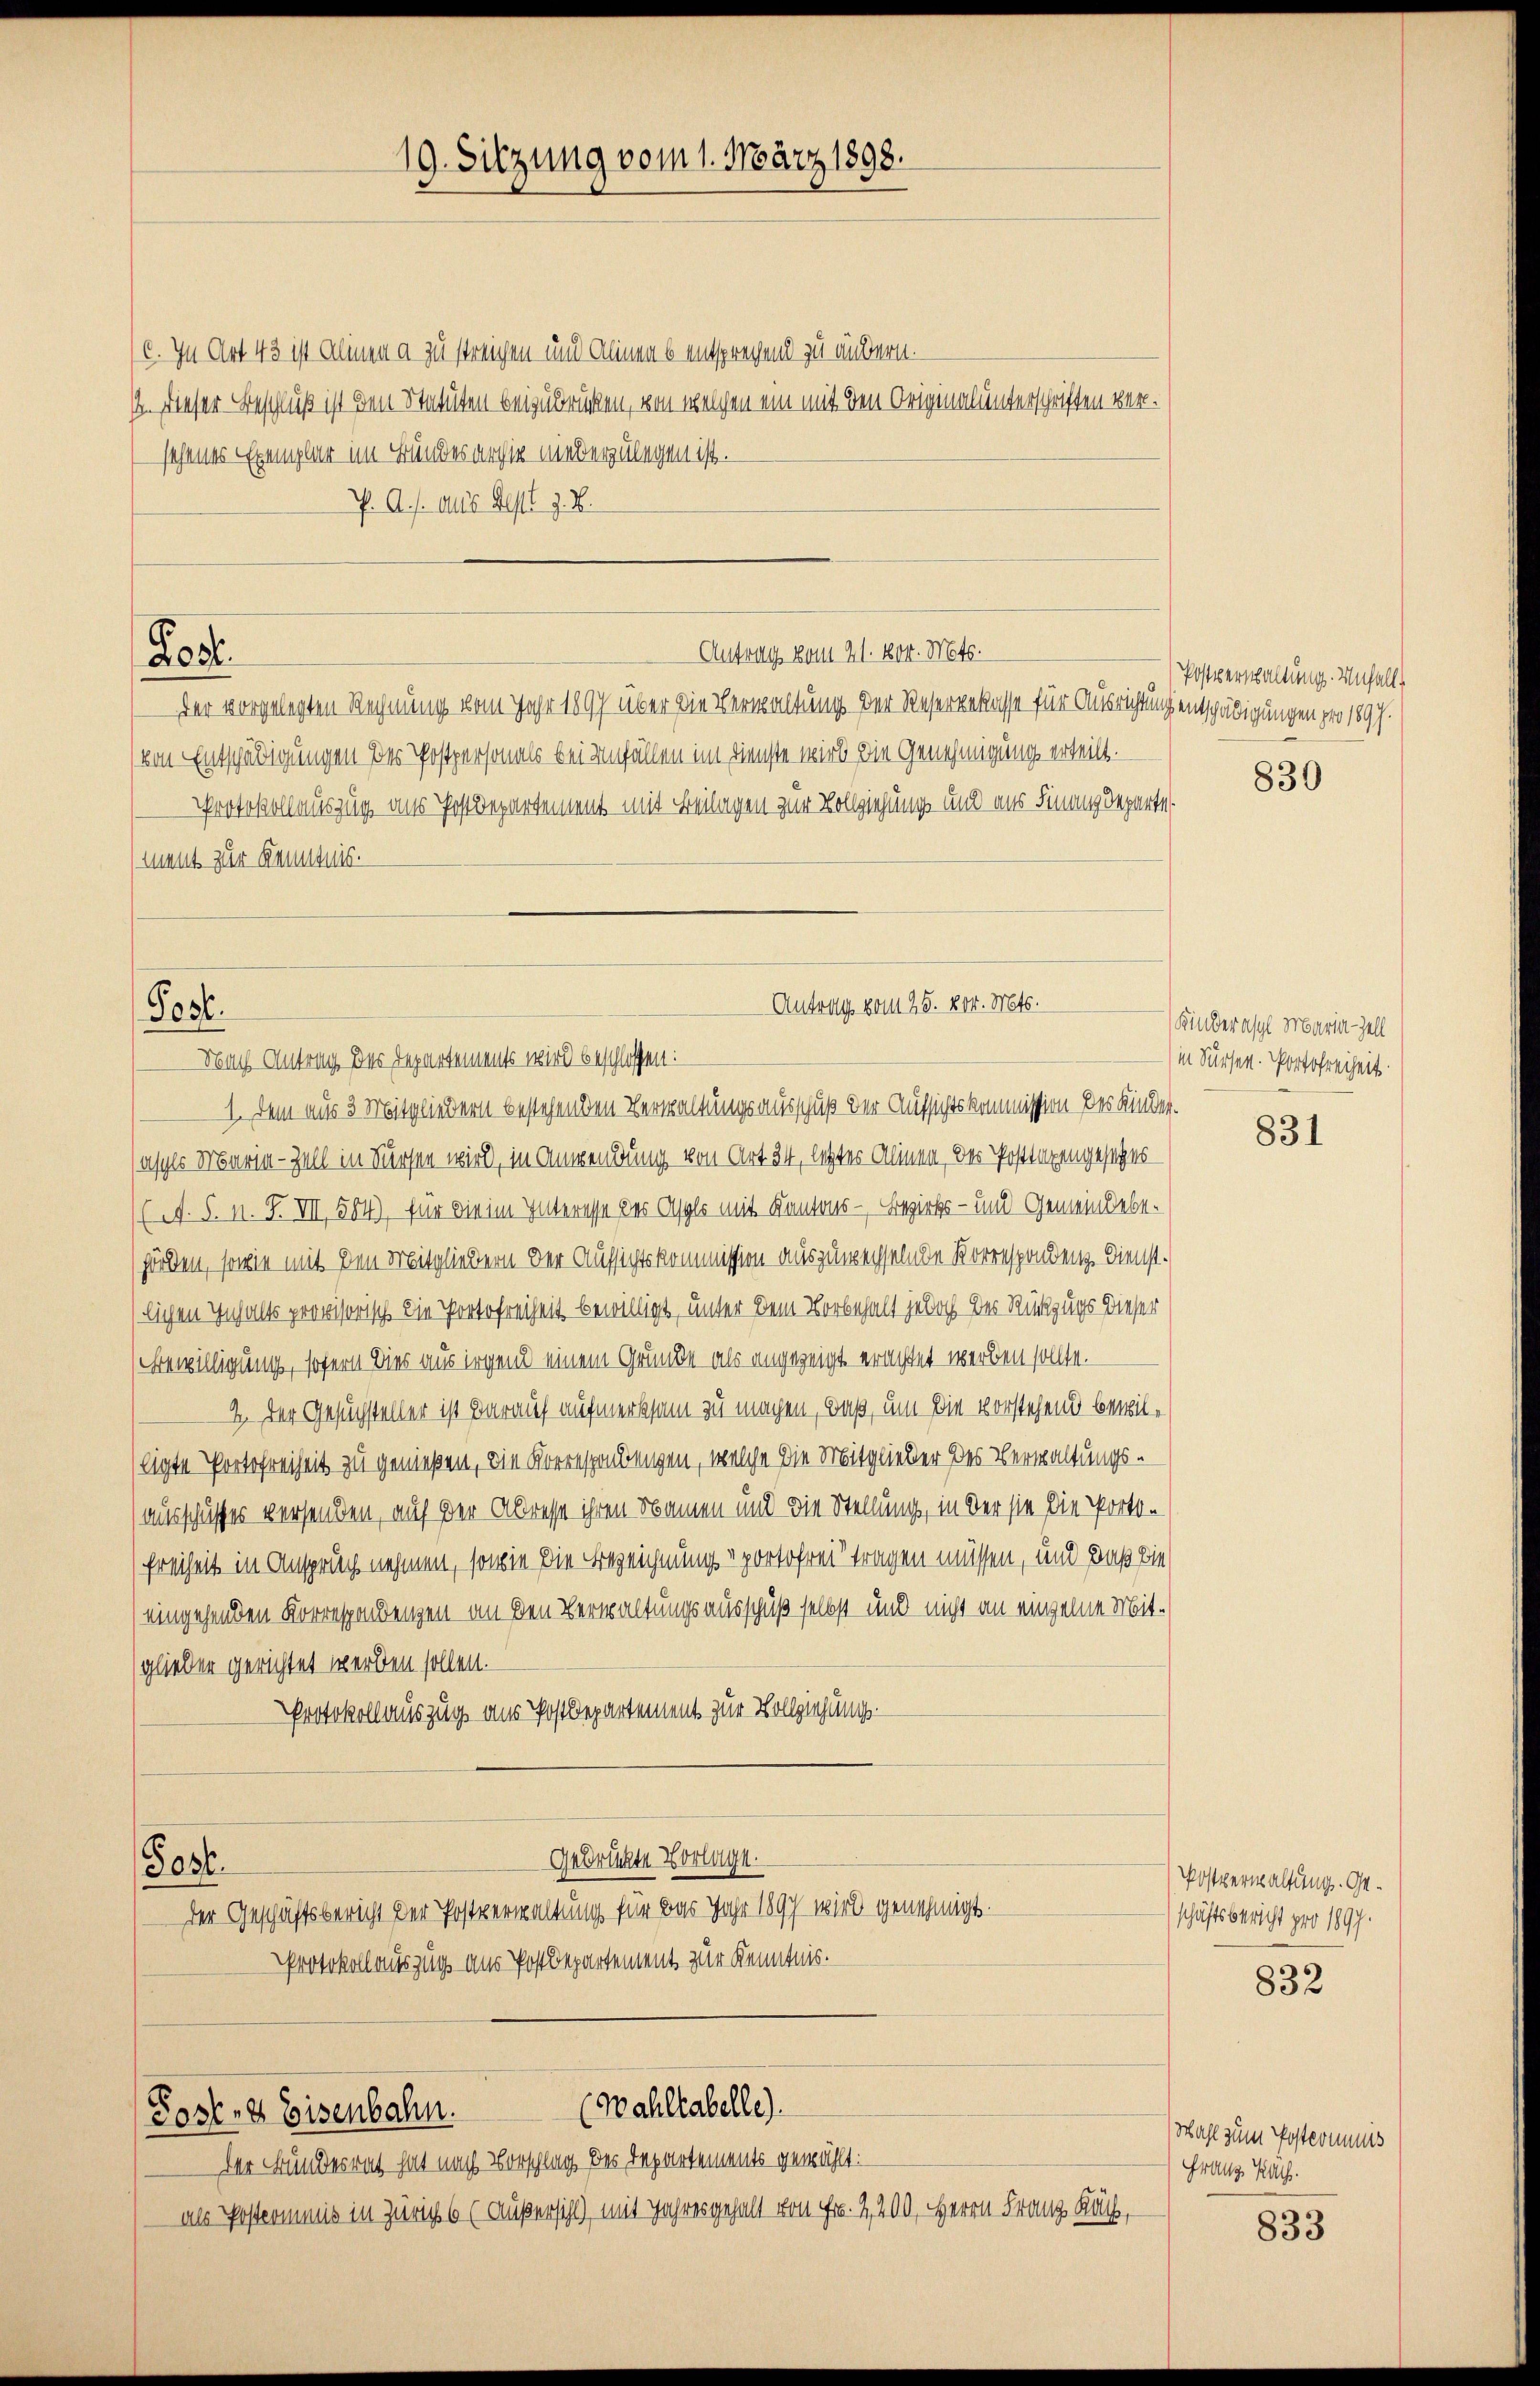
(c. In Art. 43 ist alinen a zu streichen und Alinen 6 entsprechend zu ändern.
I. Dieser Beschluß ist den Statuten beizudrücken, von welchen ein mit den Originalunterschriften versehenes Exemplar im Bundesarchiv niederzulegen ist.
V. A. s. Als Rest z. B.

Ros

der vorgelegten Rechnung vom Jahr 1897 über die Verwaltung der Reserverlasse für Ausrichtung entschädigungen pro 1897.
von Entschädigungen der Postpersonals bei anfällen im Dienste wird die Genehmigung erteilt.
Protokollauszug aus Postdepartement mit Beilagen zur Vollziehungs- und aus Finanzdeparte,
ment zur Kenntnis.

Post.
 Nach Antrag des Departements wird beschlossen:

19. Sitzung vom 1. März 1898.

Antrag vom 21. vor. Mts.

Antrag vom 25. vor. Mts.

1. Dem aus 3 Mitgliedern bestehenden Verwaltungsausschuß der Aufsichtskommission des Kindersasches Maria - Zell in dürfen wird, in Anwendung von Art. 34, letztes Alinen, der Posttagengesetzes
(A. S. n. F. VII, 584), für die im Interesse des Asyls mit Kantons-Bezirks- und Gemeindebehärben, sowie mit den Mitgliedern der Aufsichtskommission auszuwechselnde Korrespondenz. Dienstlichen Inhalts provisorisch die Portofreiheit bewilligt, unter dem Vorbehalt jedoch der Rückzugs dieser
Bewilligung, sofern dies aus irgend einem Grunde als angezeigt erachtet werden sollte.
2. Der Gesuchsteller ist darauf aufmerksam zu machen, daß, um die vorstehend bewilligte Portofreiheit zu genießen, die Korrespondungen, welche die Mitglieder des Verwaltungsausschusses versenden, auf der Abresse ihren Namen und die Stellung, in der sie die Porto¬
(Freiheit in Anspruch nehmen, sowie die Bezeichnungsportofrei tragen müssen, und daß die
(eingehenden Korrespondengen an den Verwaltungsausschuß selbst und nicht an einzelne Mitglieben gerichtet werden sollen.
Protokollauszug aus Postdepartement zur Vollziehung.
Gedrückte Vorlage.
Gost.
der Geschäftsbericht der Postverwaltung für das Jahr 1897 wird genehmigt.
Protokoll auszug aus Postdepartement zur Kenntnis.

(Wahltabelle)
Post- & Eisenbahn.

Der Bundesrath hat nach Vorschlag des Departements gewählt:
als Postkommnis in Zürich 6 (Außersicht) mit Jahresgehalt von Fr. 2,200, Herrn Franz Kach,

Postverschaltung. Unfalls

830

) Kinderaschl Maria - Zell
in dürfen. Portofreiheit

831

Postverwaltung. Geschäftsbericht pro 1897.

832

Wahl zum Postkommnis
Franz Kl.

833